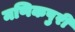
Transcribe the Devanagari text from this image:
मणिकपुरी